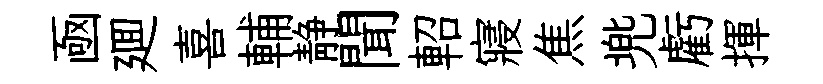
凾廽喜輔静聞軺寢焦兠虧揮